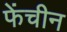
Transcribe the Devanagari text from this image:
फेंचीन